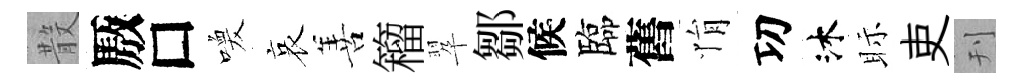
𣪚厫□喚哀善籕翆鄒候臨舊悁㓛沐眎吏刊